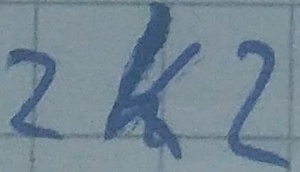
Text: 2K2